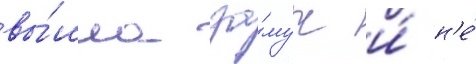
вы́шла за́муж и́ н'е́